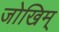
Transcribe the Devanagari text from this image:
जोखिम्